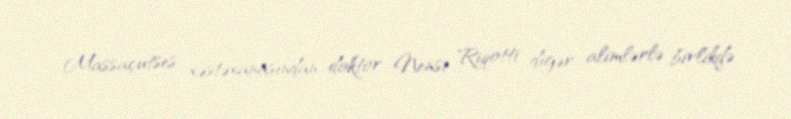
Massaçutses xəstəxanasından doktor Nensi Riqotti digər alimlərlə birlikdə